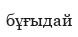
бұғыдай